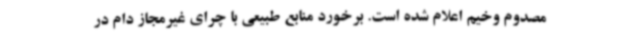
مصدوم وخیم اعلام شده است. برخورد منابع طبیعی با چرای غیرمجاز دام در